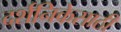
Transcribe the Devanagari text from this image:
दर्शनिकेसाठी